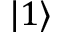
| 1 \rangle